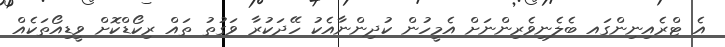
އެ ޓްރެއިނިންގައ ބެލެނިވެރިންނަށް އެމީހުން ކުދިންނާއެކު ހޭދަކުރާ ވަގުތު ތައް ރިކޯޑްކޮށް ވީޑިއޯތަކެއް